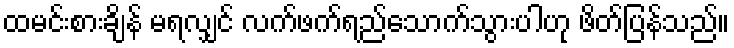
ထမင်းစားချိန် မရလျှင် လက်ဖက်ရည်သောက်သွားပါဟု ဖိတ်ပြန်သည်။